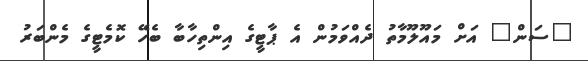
"ސަން" އަށް މައޫލޫމާތު ދެއްވަމުން އެ ޕާޓީގެ އިންތިހާބާ ބެހޭ ކޮމެޓީގެ މެންބަރު